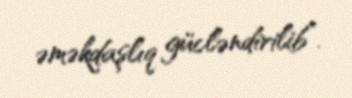
əməkdaşlıq gücləndirilib”.